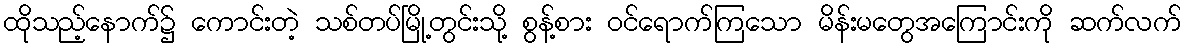
ထိုသည့်နောက်၌ ကောင်းတဲ့ သစ်တပ်မြို့တွင်းသို့ စွန့်စား ဝင်ရောက်ကြသော မိန်းမတွေအကြောင်းကို ဆက်လက်